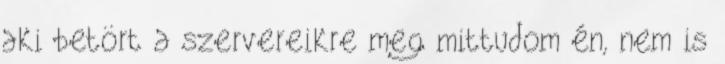
aki betört a szervereikre meg mittudom én, nem is